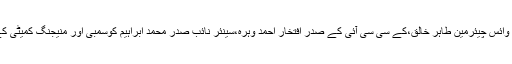
اس موقع پر بی ایم جی کے وائس چیئرمین طاہر خالق،کے سی سی آئی کے صدر افتخار احمد وہرہ،سینئر نائب صدر محمد ابراہیم کوسمبی اور منیجنگ کمیٹی کے اراکین بھی موجود تھے۔